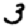
Digit: 3